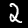
Label: 2